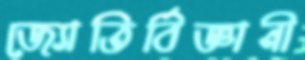
জ্যোতির্বিজ্ঞানী